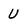
Character: U